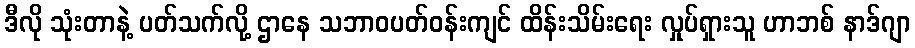
ဒီလို သုံးတာနဲ့ ပတ်သက်လို့ ဌာနေ သဘာဝပတ်ဝန်းကျင် ထိန်းသိမ်းရေး လှုပ်ရှားသူ ဟာဘစ် နာဒ်ဂျာ